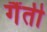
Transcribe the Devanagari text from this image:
गैंती